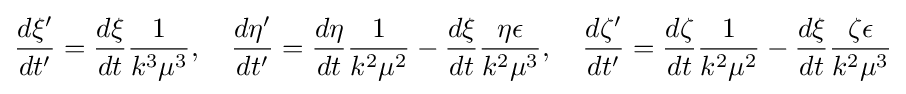
{\frac {d\xi ^{\prime }}{dt^{\prime }}}={\frac {d\xi }{dt}}{\frac {1}{k^{3}\mu ^{3}}},\quad {\frac {d\eta ^{\prime }}{dt^{\prime }}}={\frac {d\eta }{dt}}{\frac {1}{k^{2}\mu ^{2}}}-{\frac {d\xi }{dt}}{\frac {\eta \epsilon }{k^{2}\mu ^{3}}},\quad {\frac {d\zeta ^{\prime }}{dt^{\prime }}}={\frac {d\zeta }{dt}}{\frac {1}{k^{2}\mu ^{2}}}-{\frac {d\xi }{dt}}{\frac {\zeta \epsilon }{k^{2}\mu ^{3}}}